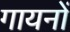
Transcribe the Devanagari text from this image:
गायनों